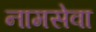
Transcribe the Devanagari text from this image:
नामसेवा